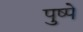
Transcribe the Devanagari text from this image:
पुष्पे